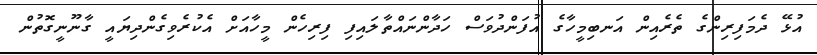
އުޅޭ ދެމަފިރިންގެ ތެރެއިން އަނބިމީހާގެ އުފަންދުވަސް ހަދާންނައްތާލައިފި ފިރިހެން މީހާއަށް އެކުރެވިގެންދިޔައީ ގާނޫނީގޮތުން